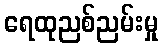
ရေထုညစ်ညမ်းမှု